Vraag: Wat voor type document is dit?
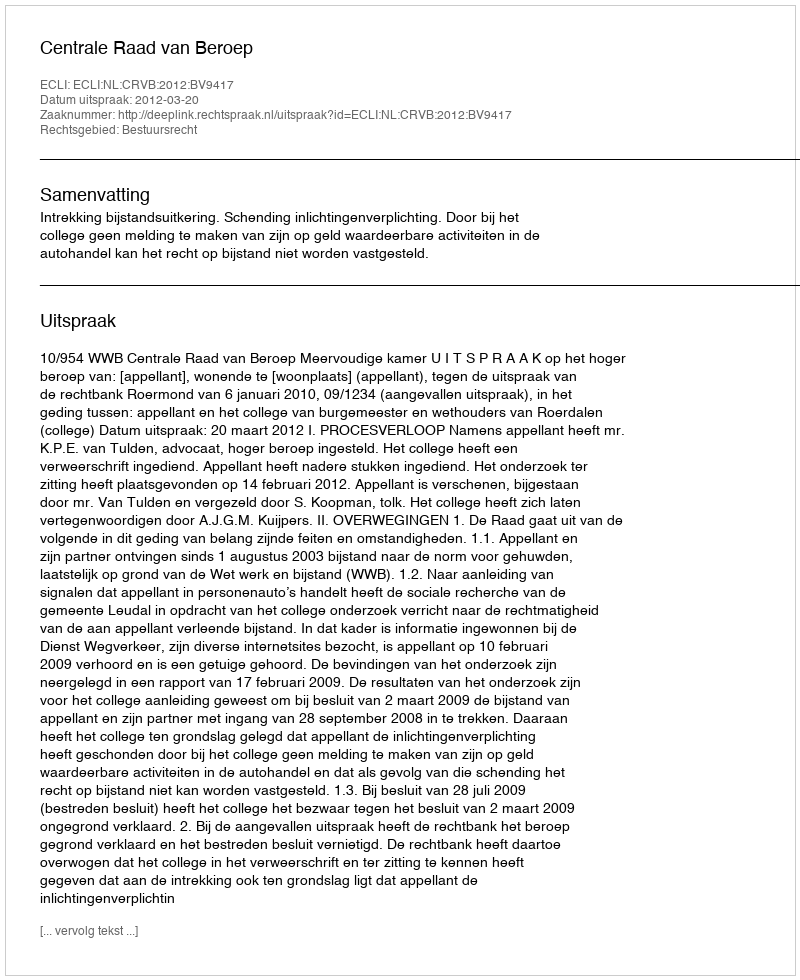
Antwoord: Uitspraak